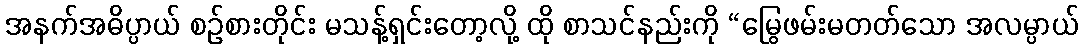
အနက်အဓိပ္ပာယ် စဉ်စားတိုင်း မသန့်ရှင်းတော့လို့ ထို စာသင်နည်းကို “မြွေဖမ်းမတတ်သော အလမ္ပာယ်